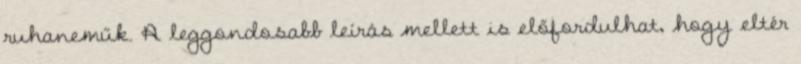
ruhaneműk. A leggondosabb leírás mellett is előfordulhat, hogy eltér